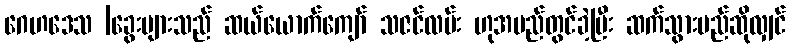
ဂေဟဒေသ |ခွေးများသည် ဆယ်ယောက်ကျော် သဇင်လမ်း ဟုအမည်တွင်ခဲ့ပြီး ဆက်သွားမည်ဆိုလျှင်